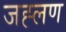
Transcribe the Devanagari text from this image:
जह्लण